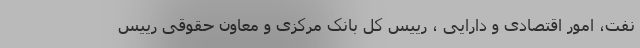
نفت، امور اقتصادی و دارایی ، رییس کل بانک مرکزی و معاون حقوقی رییس